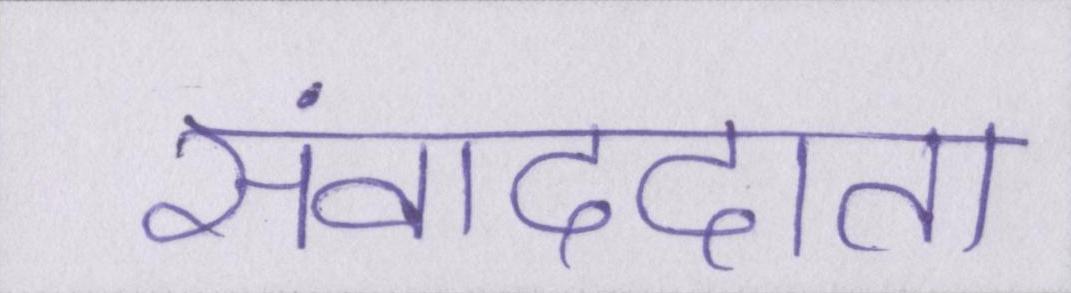
संवाददाता